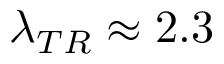
\lambda _ { T R } \approx 2 . 3